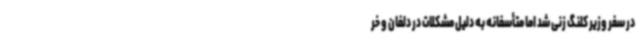
در سفر وزیر کلنگ زنی شد اما متأسفانه به دلیل مشکلات در دلفان و خر